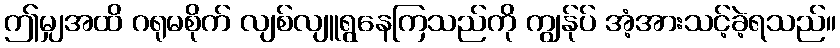
ဤမျှအထိ ဂရုမစိုက် လျစ်လျူရွနေကြသည်ကို ကျွန်ုပ် အံ့အားသင့်ခဲ့ရသည်။